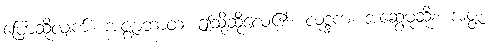
ပြောဆိုလျက်။ အဇ္ဈာဘာထ၊ ဤသို့ဆိုလေ၏။ လုဒ္ဒက၊ အဆွေမုဆိုး။ အဇ္ဇ၊